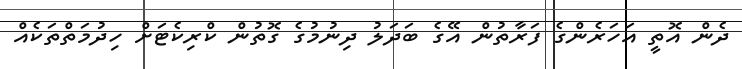
ދެން އޮތީ އަހަރެންގެ ފަރާތުން އޭގެ ބަދަލު ދިނުމުގެ ގޮތުން ކްރިކެޓަށް ހިދުމަތްތަކެއް